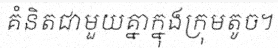
គំនិតជាមួយគ្នាក្នុងក្រុមតូច។